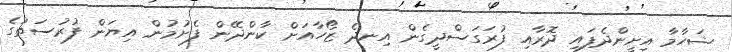
ޝަހާމާ އިށީންދެފައި ދޮރާއި ފުރަގަސްދީގެން އިނދެ ޒޯހާއަށް ކާންދޭން ފެށުމުން އިޔަން ފުރުސަތުގެ